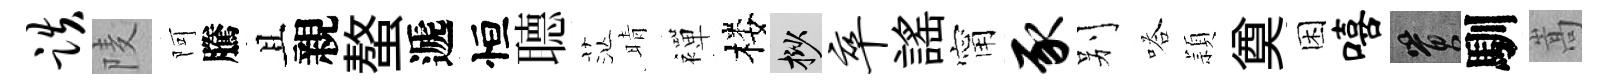
跌𨹧阿騰且親螯遞恒𦗟茫晴襌楼挲卒謡甯豕别嗒頴奠困嘻篔馴嵩